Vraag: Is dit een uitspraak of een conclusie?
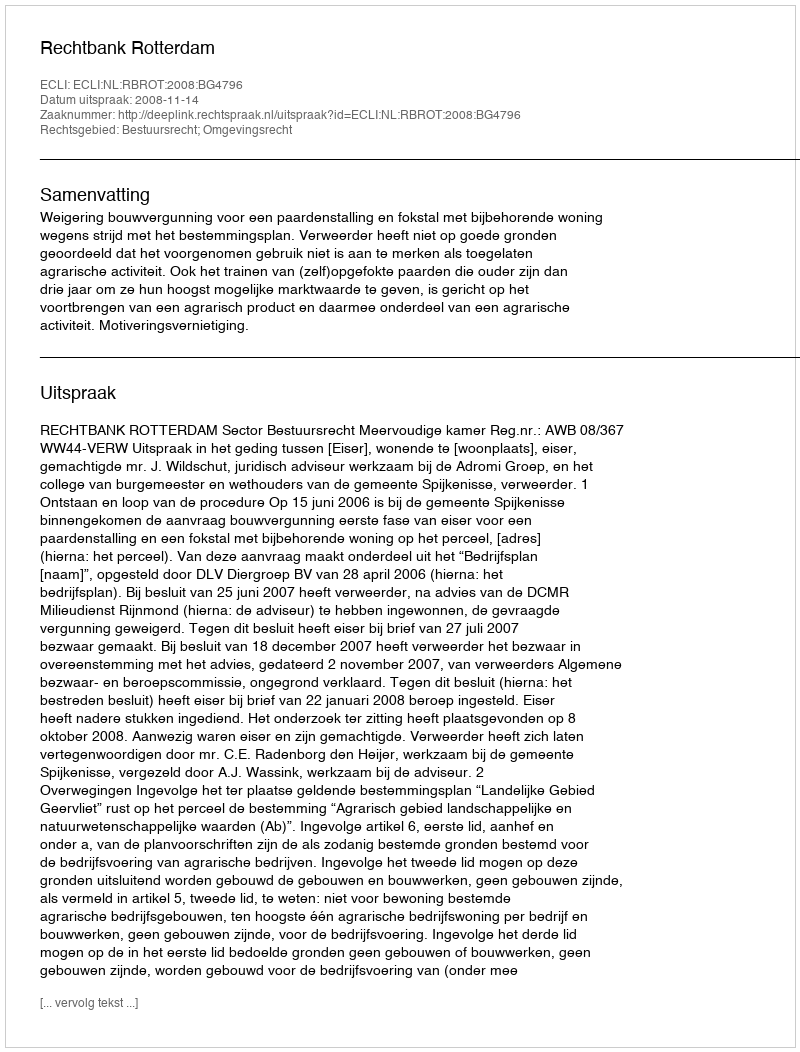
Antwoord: Uitspraak